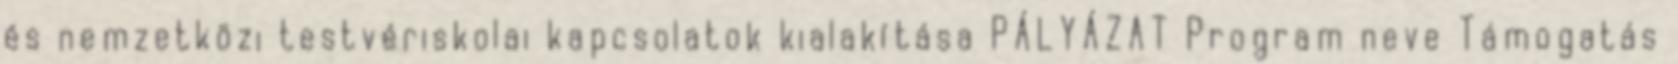
és nemzetközi testvériskolai kapcsolatok kialakítása PÁLYÁZAT Program neve Támogatás